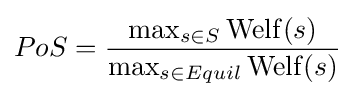
PoS={\frac {\max _{s\in S}\operatorname {Welf} (s)}{\max _{s\in Equil}\operatorname {Welf} (s)}}